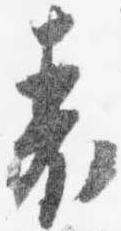
表